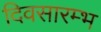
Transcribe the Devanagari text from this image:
दिवसारम्भ